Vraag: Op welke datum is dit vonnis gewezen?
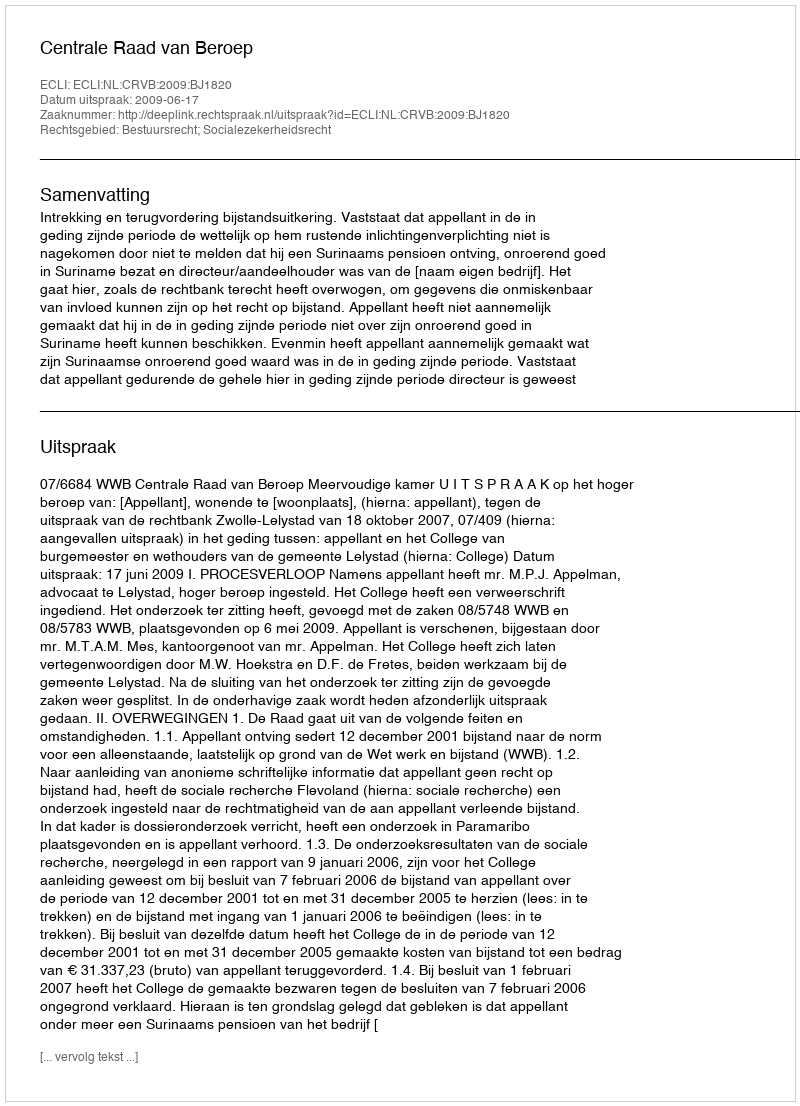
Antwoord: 2009-06-17